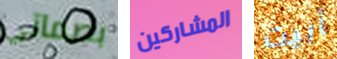
بصماتي المشاركين أبيت